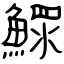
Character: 鰥